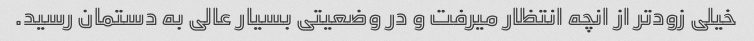
خیلی زودتر از انچه انتظار میرفت و در وضعیتی بسیار عالی به دستمان رسید.